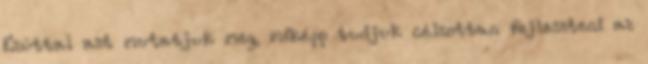
Ezúttal azt mutatjuk meg, miképp tudjuk célzottan fejleszteni az